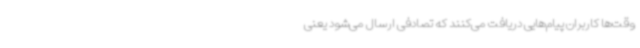
وقت‌ها کاربران پیام‌هایی دریافت می‌کنند که تصادفی ارسال می‌شود یعنی